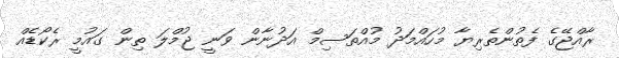
ރާއްޖޭގެ ފެތުންތެރިޔާ މުހައްމަދު މުއްތަސިމް އަދުނާން ވަނީ ޖުމްލަ ތިން ގައުމީ ރެކޯޑެއް